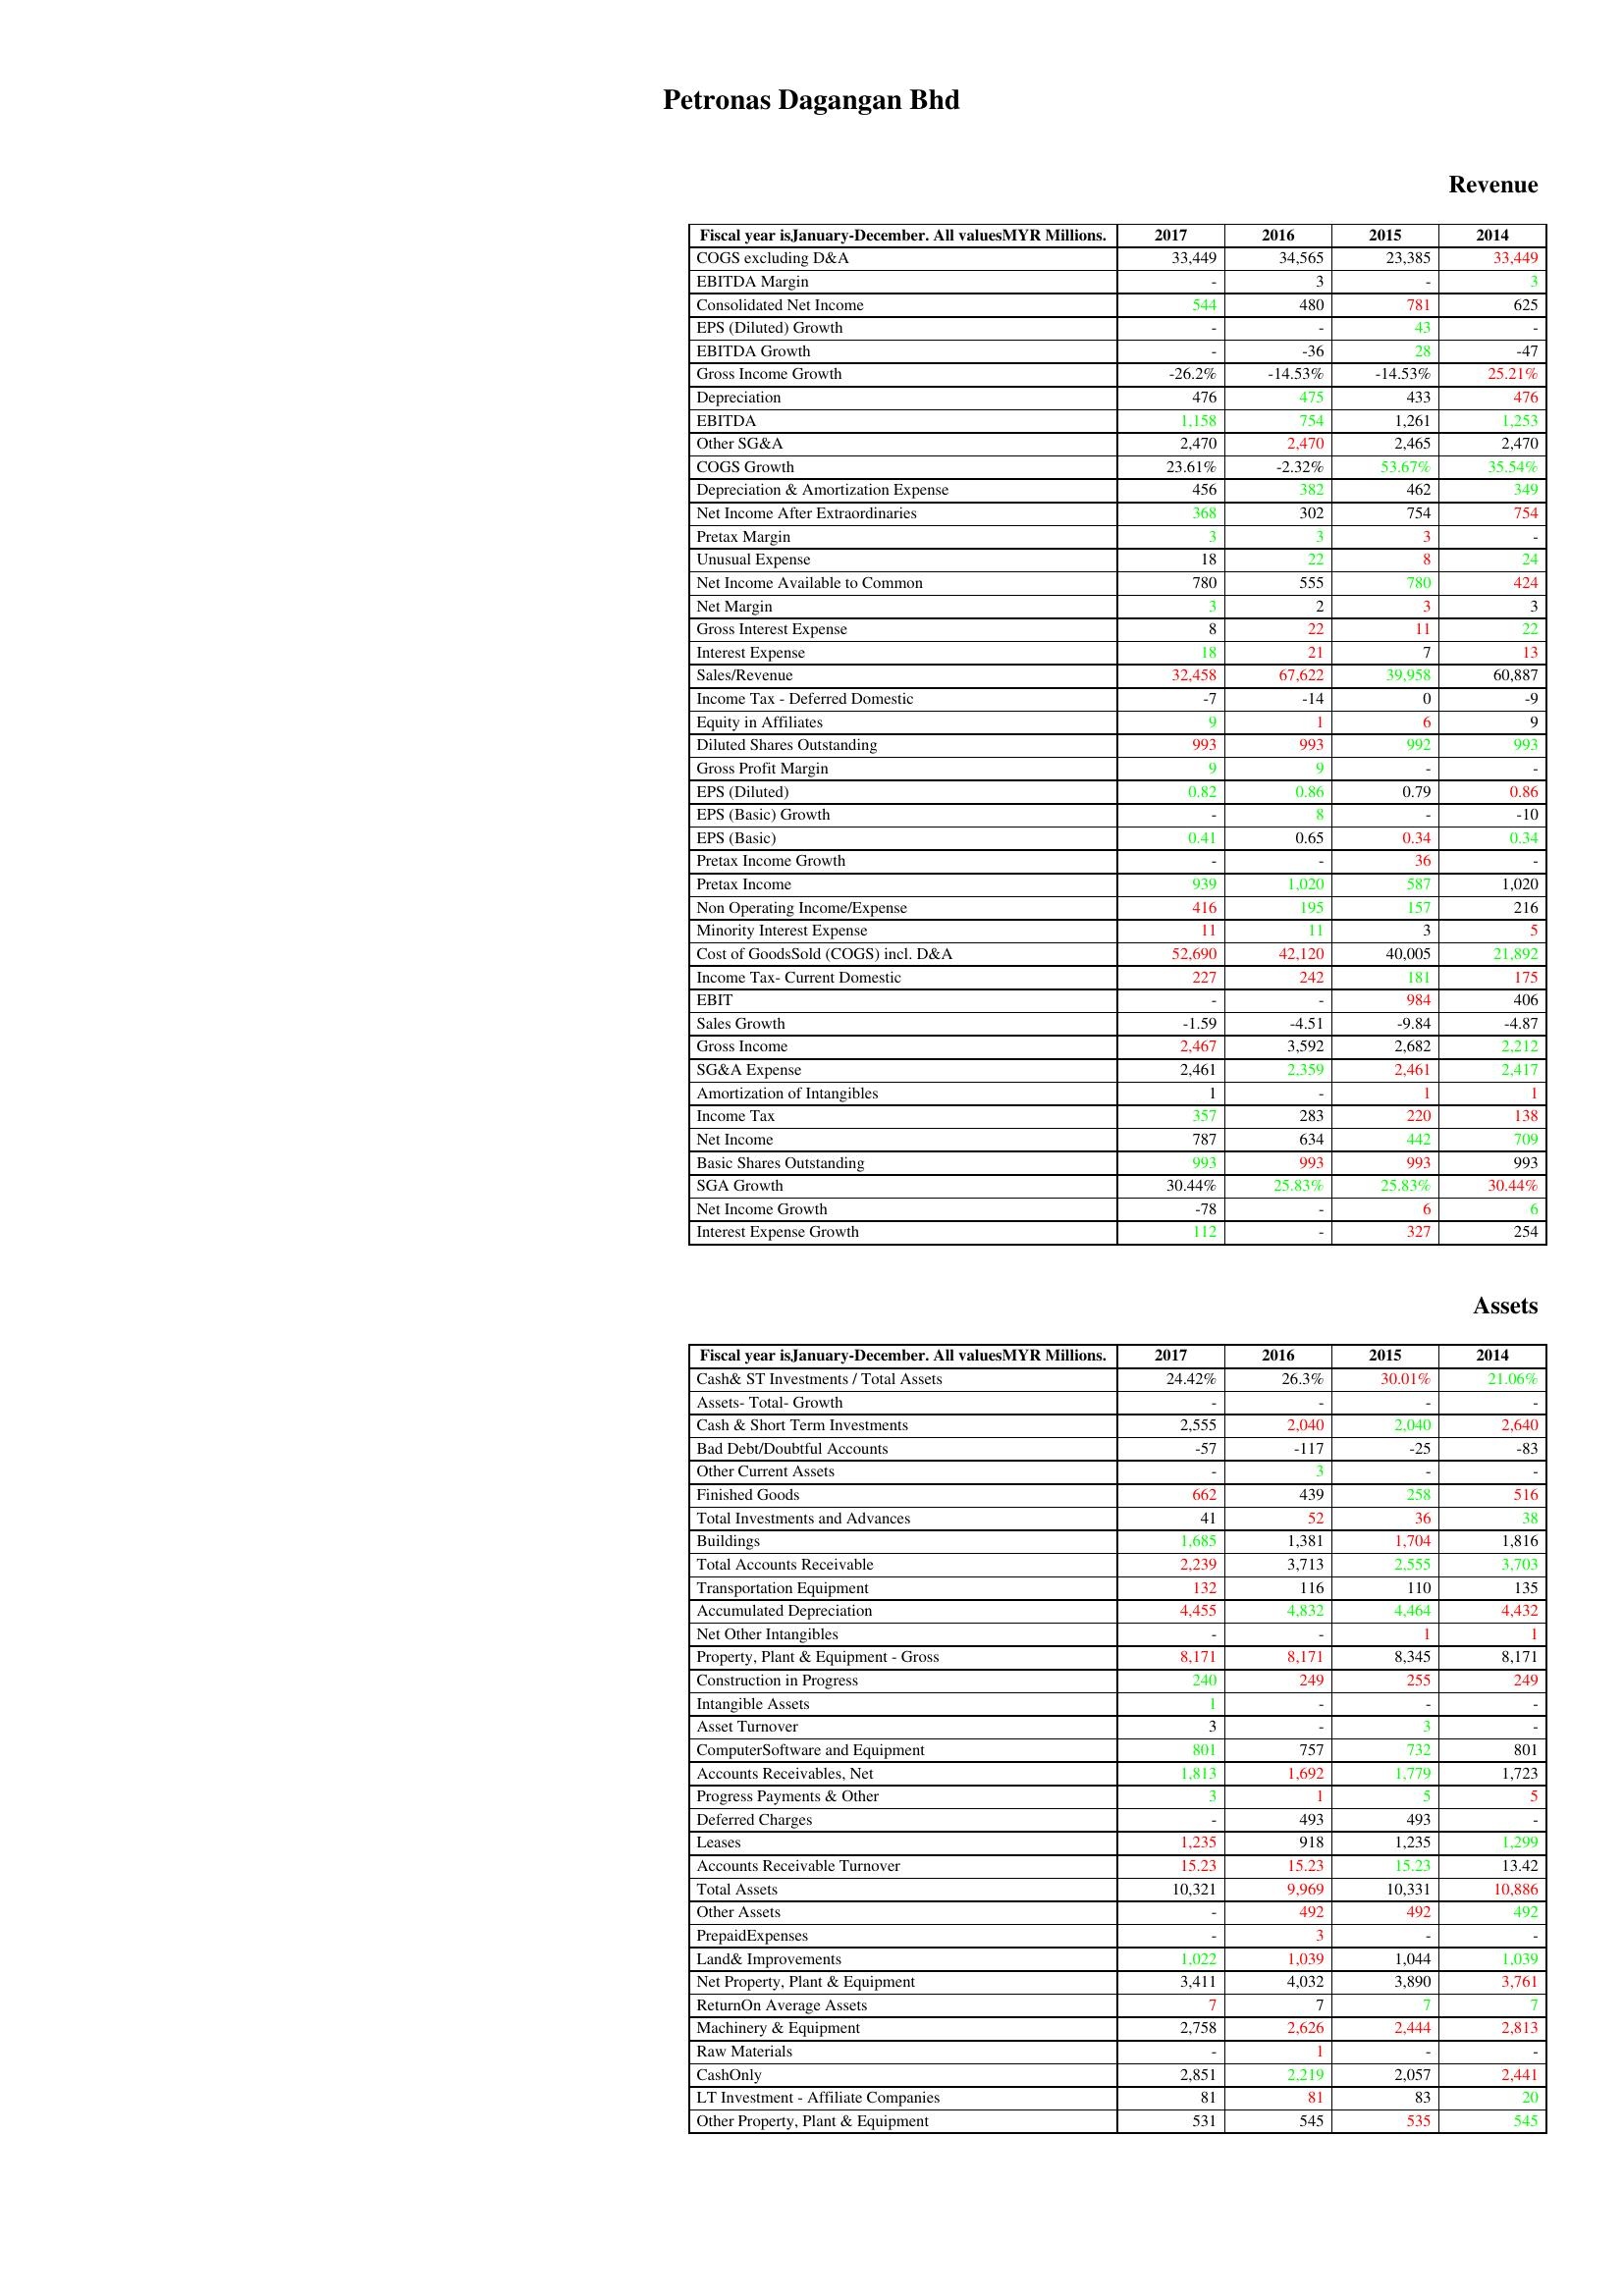
gt_parse: 2017: Revenue: COGS excluding D&A: 33,449
EBITDA Margin: -
Consolidated Net Income: 544
EPS (Diluted) Growth: -
EBITDA Growth: -
Gross Income Growth: -26.2%
Depreciation: 476
EBITDA: 1,158
Other SG&A: 2,470
COGS Growth: 23.61%
Depreciation & Amortization Expense: 456
Net Income After Extraordinaries: 368
Pretax Margin: 3
Unusual Expense: 18
Net Income Available to Common: 780
Net Margin: 3
Gross Interest Expense: 8
Interest Expense: 18
Sales/Revenue: 32,458
Income Tax - Deferred Domestic: -7
Equity in Affiliates: 9
Diluted Shares Outstanding: 993
Gross Profit Margin: 9
EPS (Diluted): 0.82
EPS (Basic) Growth: -
EPS (Basic): 0.41
Pretax Income Growth: -
Pretax Income: 939
Non Operating Income/Expense: 416
Minority Interest Expense: 11
Cost of GoodsSold (COGS) incl. D&A: 52,690
Income Tax- Current Domestic: 227
EBIT: -
Sales Growth: -1.59
Gross Income: 2,467
SG&A Expense: 2,461
Amortization of Intangibles: 1
Income Tax: 357
Net Income: 787
Basic Shares Outstanding: 993
SGA Growth: 30.44%
Net Income Growth: -78
Interest Expense Growth: 112
Assets: Cash& ST Investments / Total Assets: 24.42%
Assets- Total- Growth: -
Cash & Short Term Investments: 2,555
Bad Debt/Doubtful Accounts: -57
Other Current Assets: -
Finished Goods: 662
Total Investments and Advances: 41
Buildings: 1,685
Total Accounts Receivable: 2,239
Transportation Equipment: 132
Accumulated Depreciation: 4,455
Net Other Intangibles: -
Property, Plant & Equipment - Gross : 8,171
Construction in Progress: 240
Intangible Assets: 1
Asset Turnover: 3
ComputerSoftware and Equipment: 801
Accounts Receivables, Net: 1,813
Progress Payments & Other: 3
Deferred Charges: -
Leases: 1,235
Accounts Receivable Turnover: 15.23
Total Assets: 10,321
Other Assets: -
PrepaidExpenses: -
Land& Improvements: 1,022
Net Property, Plant & Equipment: 3,411
ReturnOn Average Assets: 7
Machinery & Equipment: 2,758
Raw Materials: -
CashOnly: 2,851
LT Investment - Affiliate Companies: 81
Other Property, Plant & Equipment: 531
2016: Revenue: COGS excluding D&A: 34,565
EBITDA Margin: 3
Consolidated Net Income: 480
EPS (Diluted) Growth: -
EBITDA Growth: -36
Gross Income Growth: -14.53%
Depreciation: 475
EBITDA: 754
Other SG&A: 2,470
COGS Growth: -2.32%
Depreciation & Amortization Expense: 382
Net Income After Extraordinaries: 302
Pretax Margin: 3
Unusual Expense: 22
Net Income Available to Common: 555
Net Margin: 2
Gross Interest Expense: 22
Interest Expense: 21
Sales/Revenue: 67,622
Income Tax - Deferred Domestic: -14
Equity in Affiliates: 1
Diluted Shares Outstanding: 993
Gross Profit Margin: 9
EPS (Diluted): 0.86
EPS (Basic) Growth: 8
EPS (Basic): 0.65
Pretax Income Growth: -
Pretax Income: 1,020
Non Operating Income/Expense: 195
Minority Interest Expense: 11
Cost of GoodsSold (COGS) incl. D&A: 42,120
Income Tax- Current Domestic: 242
EBIT: -
Sales Growth: -4.51
Gross Income: 3,592
SG&A Expense: 2,359
Amortization of Intangibles: -
Income Tax: 283
Net Income: 634
Basic Shares Outstanding: 993
SGA Growth: 25.83%
Net Income Growth: -
Interest Expense Growth: -
Assets: Cash& ST Investments / Total Assets: 26.3%
Assets- Total- Growth: -
Cash & Short Term Investments: 2,040
Bad Debt/Doubtful Accounts: -117
Other Current Assets: 3
Finished Goods: 439
Total Investments and Advances: 52
Buildings: 1,381
Total Accounts Receivable: 3,713
Transportation Equipment: 116
Accumulated Depreciation: 4,832
Net Other Intangibles: -
Property, Plant & Equipment - Gross : 8,171
Construction in Progress: 249
Intangible Assets: -
Asset Turnover: -
ComputerSoftware and Equipment: 757
Accounts Receivables, Net: 1,692
Progress Payments & Other: 1
Deferred Charges: 493
Leases: 918
Accounts Receivable Turnover: 15.23
Total Assets: 9,969
Other Assets: 492
PrepaidExpenses: 3
Land& Improvements: 1,039
Net Property, Plant & Equipment: 4,032
ReturnOn Average Assets: 7
Machinery & Equipment: 2,626
Raw Materials: 1
CashOnly: 2,219
LT Investment - Affiliate Companies: 81
Other Property, Plant & Equipment: 545
2015: Revenue: COGS excluding D&A: 23,385
EBITDA Margin: -
Consolidated Net Income: 781
EPS (Diluted) Growth: 43
EBITDA Growth: 28
Gross Income Growth: -14.53%
Depreciation: 433
EBITDA: 1,261
Other SG&A: 2,465
COGS Growth: 53.67%
Depreciation & Amortization Expense: 462
Net Income After Extraordinaries: 754
Pretax Margin: 3
Unusual Expense: 8
Net Income Available to Common: 780
Net Margin: 3
Gross Interest Expense: 11
Interest Expense: 7
Sales/Revenue: 39,958
Income Tax - Deferred Domestic: 0
Equity in Affiliates: 6
Diluted Shares Outstanding: 992
Gross Profit Margin: -
EPS (Diluted): 0.79
EPS (Basic) Growth: -
EPS (Basic): 0.34
Pretax Income Growth: 36
Pretax Income: 587
Non Operating Income/Expense: 157
Minority Interest Expense: 3
Cost of GoodsSold (COGS) incl. D&A: 40,005
Income Tax- Current Domestic: 181
EBIT: 984
Sales Growth: -9.84
Gross Income: 2,682
SG&A Expense: 2,461
Amortization of Intangibles: 1
Income Tax: 220
Net Income: 442
Basic Shares Outstanding: 993
SGA Growth: 25.83%
Net Income Growth: 6
Interest Expense Growth: 327
Assets: Cash& ST Investments / Total Assets: 30.01%
Assets- Total- Growth: -
Cash & Short Term Investments: 2,040
Bad Debt/Doubtful Accounts: -25
Other Current Assets: -
Finished Goods: 258
Total Investments and Advances: 36
Buildings: 1,704
Total Accounts Receivable: 2,555
Transportation Equipment: 110
Accumulated Depreciation: 4,464
Net Other Intangibles: 1
Property, Plant & Equipment - Gross : 8,345
Construction in Progress: 255
Intangible Assets: -
Asset Turnover: 3
ComputerSoftware and Equipment: 732
Accounts Receivables, Net: 1,779
Progress Payments & Other: 5
Deferred Charges: 493
Leases: 1,235
Accounts Receivable Turnover: 15.23
Total Assets: 10,331
Other Assets: 492
PrepaidExpenses: -
Land& Improvements: 1,044
Net Property, Plant & Equipment: 3,890
ReturnOn Average Assets: 7
Machinery & Equipment: 2,444
Raw Materials: -
CashOnly: 2,057
LT Investment - Affiliate Companies: 83
Other Property, Plant & Equipment: 535
2014: Revenue: COGS excluding D&A: 33,449
EBITDA Margin: 3
Consolidated Net Income: 625
EPS (Diluted) Growth: -
EBITDA Growth: -47
Gross Income Growth: 25.21%
Depreciation: 476
EBITDA: 1,253
Other SG&A: 2,470
COGS Growth: 35.54%
Depreciation & Amortization Expense: 349
Net Income After Extraordinaries: 754
Pretax Margin: -
Unusual Expense: 24
Net Income Available to Common: 424
Net Margin: 3
Gross Interest Expense: 22
Interest Expense: 13
Sales/Revenue: 60,887
Income Tax - Deferred Domestic: -9
Equity in Affiliates: 9
Diluted Shares Outstanding: 993
Gross Profit Margin: -
EPS (Diluted): 0.86
EPS (Basic) Growth: -10
EPS (Basic): 0.34
Pretax Income Growth: -
Pretax Income: 1,020
Non Operating Income/Expense: 216
Minority Interest Expense: 5
Cost of GoodsSold (COGS) incl. D&A: 21,892
Income Tax- Current Domestic: 175
EBIT: 406
Sales Growth: -4.87
Gross Income: 2,212
SG&A Expense: 2,417
Amortization of Intangibles: 1
Income Tax: 138
Net Income: 709
Basic Shares Outstanding: 993
SGA Growth: 30.44%
Net Income Growth: 6
Interest Expense Growth: 254
Assets: Cash& ST Investments / Total Assets: 21.06%
Assets- Total- Growth: -
Cash & Short Term Investments: 2,640
Bad Debt/Doubtful Accounts: -83
Other Current Assets: -
Finished Goods: 516
Total Investments and Advances: 38
Buildings: 1,816
Total Accounts Receivable: 3,703
Transportation Equipment: 135
Accumulated Depreciation: 4,432
Net Other Intangibles: 1
Property, Plant & Equipment - Gross : 8,171
Construction in Progress: 249
Intangible Assets: -
Asset Turnover: -
ComputerSoftware and Equipment: 801
Accounts Receivables, Net: 1,723
Progress Payments & Other: 5
Deferred Charges: -
Leases: 1,299
Accounts Receivable Turnover: 13.42
Total Assets: 10,886
Other Assets: 492
PrepaidExpenses: -
Land& Improvements: 1,039
Net Property, Plant & Equipment: 3,761
ReturnOn Average Assets: 7
Machinery & Equipment: 2,813
Raw Materials: -
CashOnly: 2,441
LT Investment - Affiliate Companies: 20
Other Property, Plant & Equipment: 545